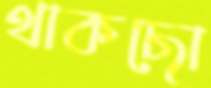
থাকছো